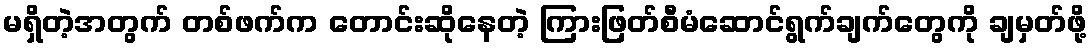
မရှိတဲ့အတွက် တစ်ဖက်က တောင်းဆိုနေတဲ့ ကြားဖြတ်စီမံဆောင်ရွက်ချက်တွေကို ချမှတ်ဖို့